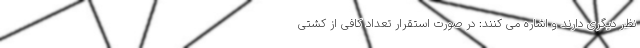
نظر دیگری دارند و اشاره می کنند: در صورت استقرار تعداد کافی از کشتی